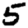
Digit: 5